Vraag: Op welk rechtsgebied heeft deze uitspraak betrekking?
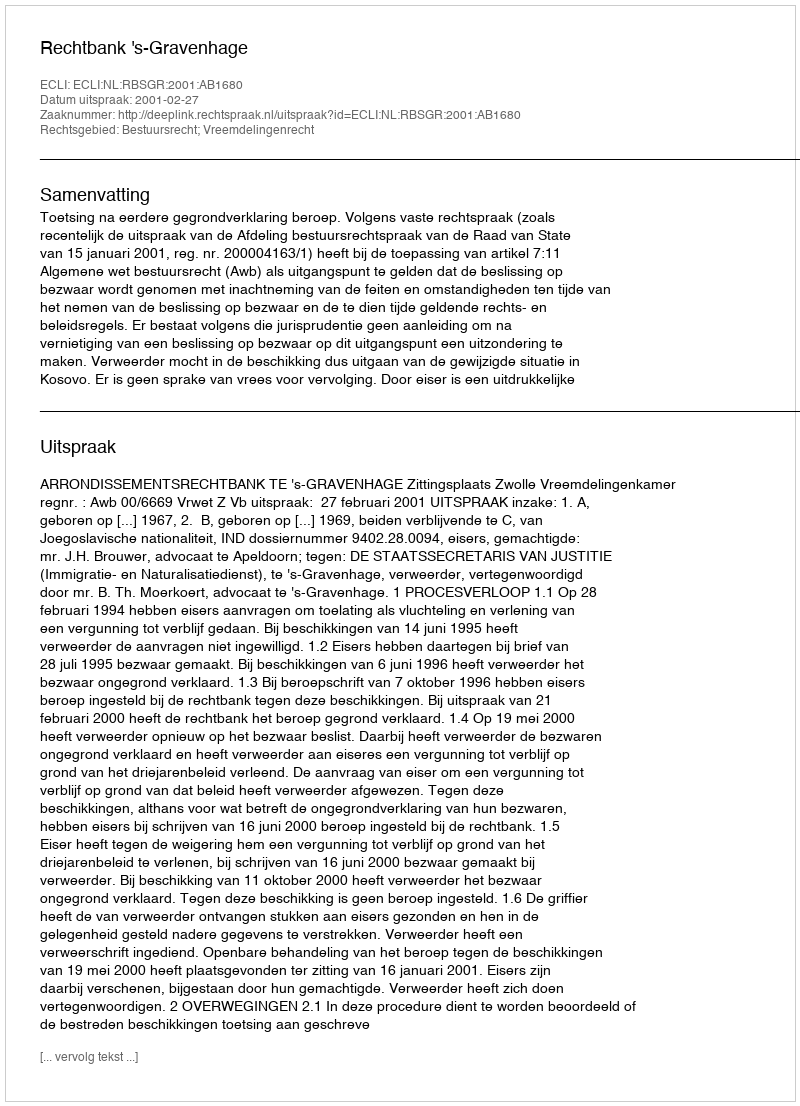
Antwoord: Bestuursrecht; Vreemdelingenrecht